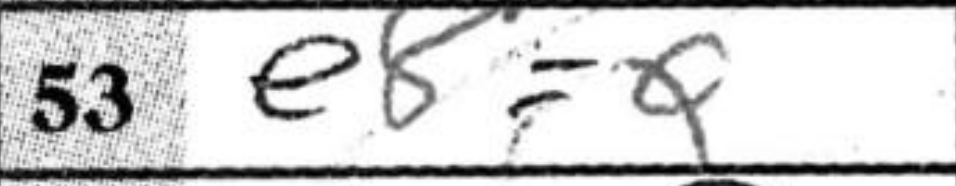
Transcription: e8=Q